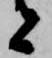
者